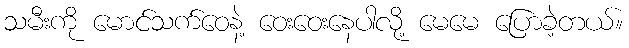
သမီးကို မောင်သက်ဝေနဲ့ ဝေးဝေးနေပါလို့ မေမေ ပြောခဲ့တယ်။